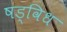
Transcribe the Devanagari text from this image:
षड्विध